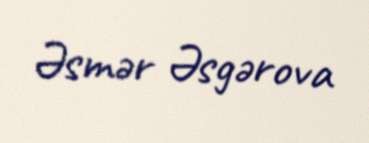
Əsmər Əsgərova